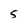
Character: 5